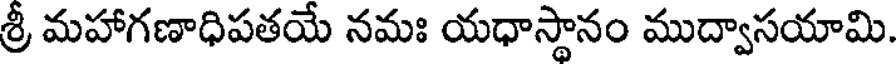
శ్రీ మహాగణాధిపతయే నమః యధాస్థానం ముద్వాసయామి.